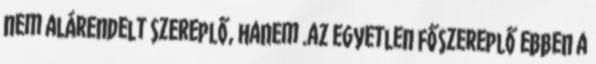
nem alárendelt szereplő, hanem .az egyetlen főszereplő ebben a